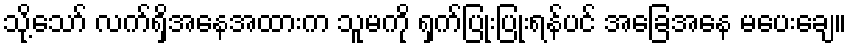
သို့သော် လက်ရှိအနေအထားက သူမကို ရှက်ပြုံးပြုံးရန်ပင် အခြေအနေ မပေးချေ။